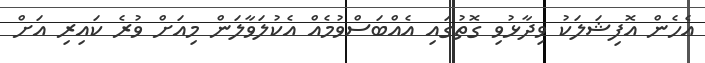
އެހެން އޮފިޝަލަކު ވިދާޅުވި ގޮތުގައި އެއްބަސްވުމެއް އެކުލަވާލަން މިއަށް ވުރެ ކައިރި އަށް